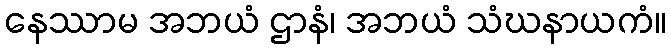
နေဿာမ အဘယံ ဌာနံ၊ အဘယံ သံဃနာယကံ။